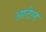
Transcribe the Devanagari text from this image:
आटेल